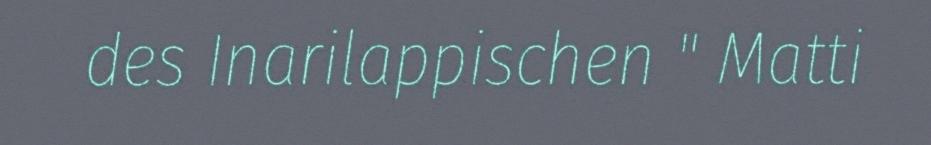
des Inarilappischen " Matti